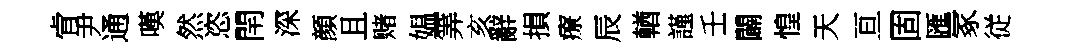
肻尹通嘆然恣閈深顔且赌媪筭亥辭損療辰輶謹壬闢惶天亘固匯冢従